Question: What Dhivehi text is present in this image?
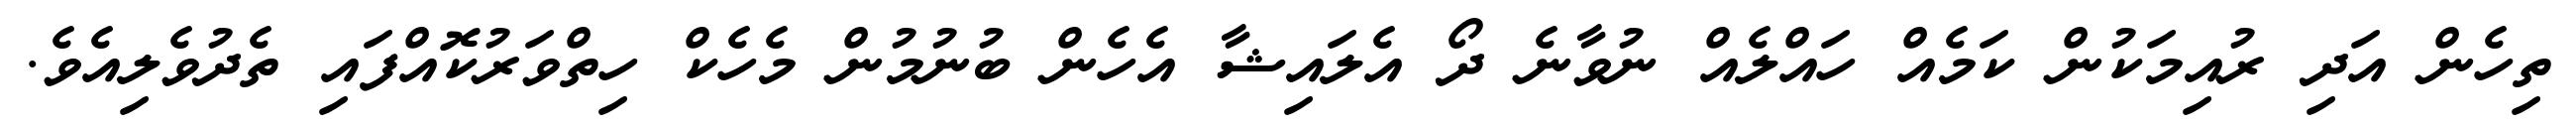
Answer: ތިހެން އަދި ރުއިމަކުން ކަމެއް ހައްލެއް ނުވާނެ ދޯ އެލައިޝާ އެހެން ބުނުމުން މެހެކް ހިތްވަރުކޮއްފައި ތެދުވެލިއެވެ.